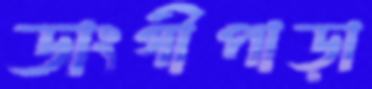
ডাংগীপাড়া